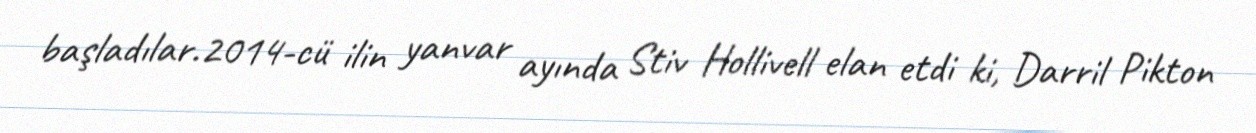
başladılar.2014-cü ilin yanvar ayında Stiv Hollivell elan etdi ki, Darril Pikton